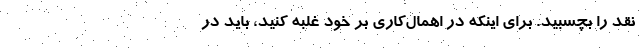
نقد را بچسبید. برای اینکه در اهمال‌کاری بر خود غلبه کنید، باید در